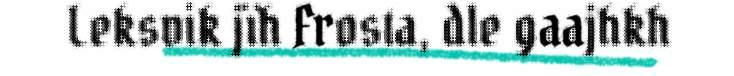
Leksvik jïh Frosta, dle gaajhkh